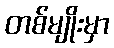
တစ်မျိုးမှာ